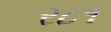
ર૮૧